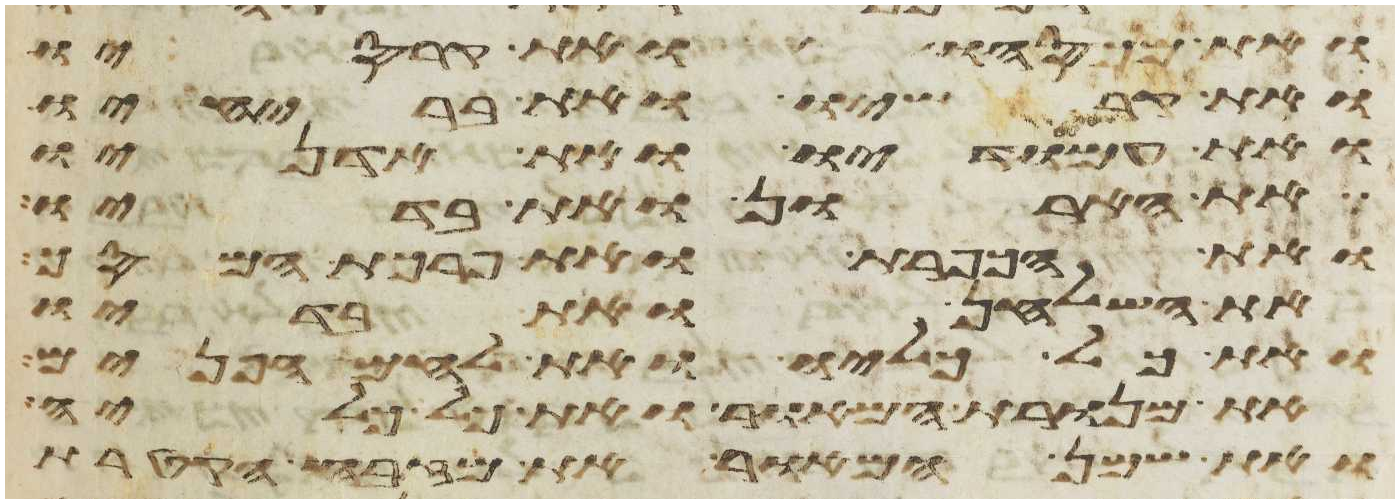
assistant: ואת מכסהו ואת קרסיו
ואת קרשיו ואת בריחיו
ואת עמודיו ואת אדניו
את הארון ואת בדיו
ואת הכפרת ואת פרכת המסך
את השלחן ואת בדיו
ואת כל כליו ואת לחם הפנים
את מנורת המאור ואת כל כליה
ואת שמן המאור את מזבח הקטרת